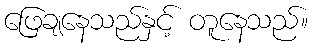
ဖြေချနေသည်နှင့် တူနေသည်။